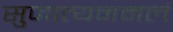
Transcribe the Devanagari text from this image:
सुजात्यममलं